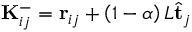
\mathbf { K } _ { i j } ^ { - } = \mathbf { r } _ { i j } + \left( 1 - \alpha \right) L \hat { \mathbf { t } } _ { j }